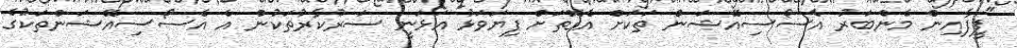
"ފީފާއިން މެންބަރު އެސޯސިއޭޝަން ތަކަށް އެގޮތަށް ފިޔަވަޅު އަޅަނީ ސަރުކާރުތަކުން އެ އެސޯސިއޭޝަންތަކުގެ